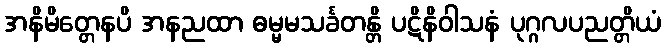
အနိမိတ္တေနပိ အနညထာ ဓမ္မမသင်္ခတန္တိ ပဋိနိဝါသနံ ပုဂ္ဂလပညတ္တိယံ